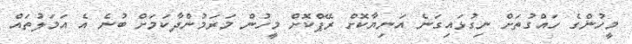
މީހުންގެ ހައްގުތަށް ނިގުޅައިގަނެ އަނިޔާކޮށް ރޭޕްކޮށް މީހުން މަރަމުންދާކަމަށް ބުނެ އެ އަމަލުތައް